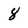
Character: 8